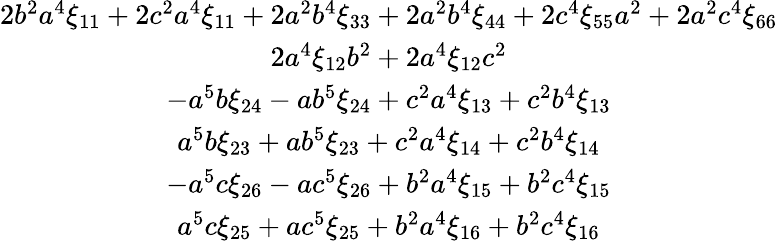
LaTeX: \begin{array}{c}{{2b^{2}a^{4}\xi_{11}+2c^{2}a^{4}\xi_{11}+2a^{2}b^{4}\xi_{33}+2a^{2}b^{4}\xi_{44}+2c^{4}\xi_{55}a^{2}+2a^{2}c^{4}\xi_{66}}}\\ {{2a^{4}\xi_{12}b^{2}+2a^{4}\xi_{12}c^{2}}}\\ {{-a^{5}b\xi_{24}-ab^{5}\xi_{24}+c^{2}a^{4}\xi_{13}+c^{2}b^{4}\xi_{13}}}\\ {{a^{5}b\xi_{23}+ab^{5}\xi_{23}+c^{2}a^{4}\xi_{14}+c^{2}b^{4}\xi_{14}}}\\ {{-a^{5}c\xi_{26}-ac^{5}\xi_{26}+b^{2}a^{4}\xi_{15}+b^{2}c^{4}\xi_{15}}}\\ {{a^{5}c\xi_{25}+ac^{5}\xi_{25}+b^{2}a^{4}\xi_{16}+b^{2}c^{4}\xi_{16}}}\end{array}